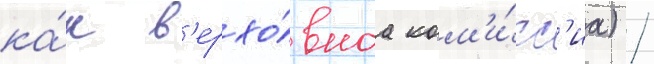
ка́к в'ерхо́внаа ком'и́сс'иа) /